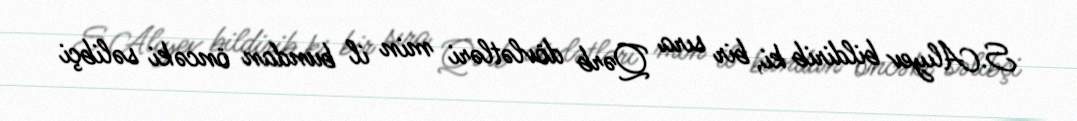
S.Alıyev bildirib ki, bir sıra Qərb dövlətləri min il bundan öncəki səlibçi